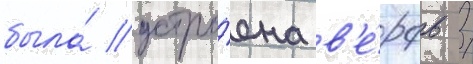
была́ устро́ена в'е́рфь /